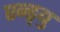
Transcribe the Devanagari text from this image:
एन्ड्र्यु